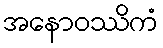
အနောဝဿိကံ